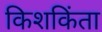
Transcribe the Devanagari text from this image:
किशकिंता